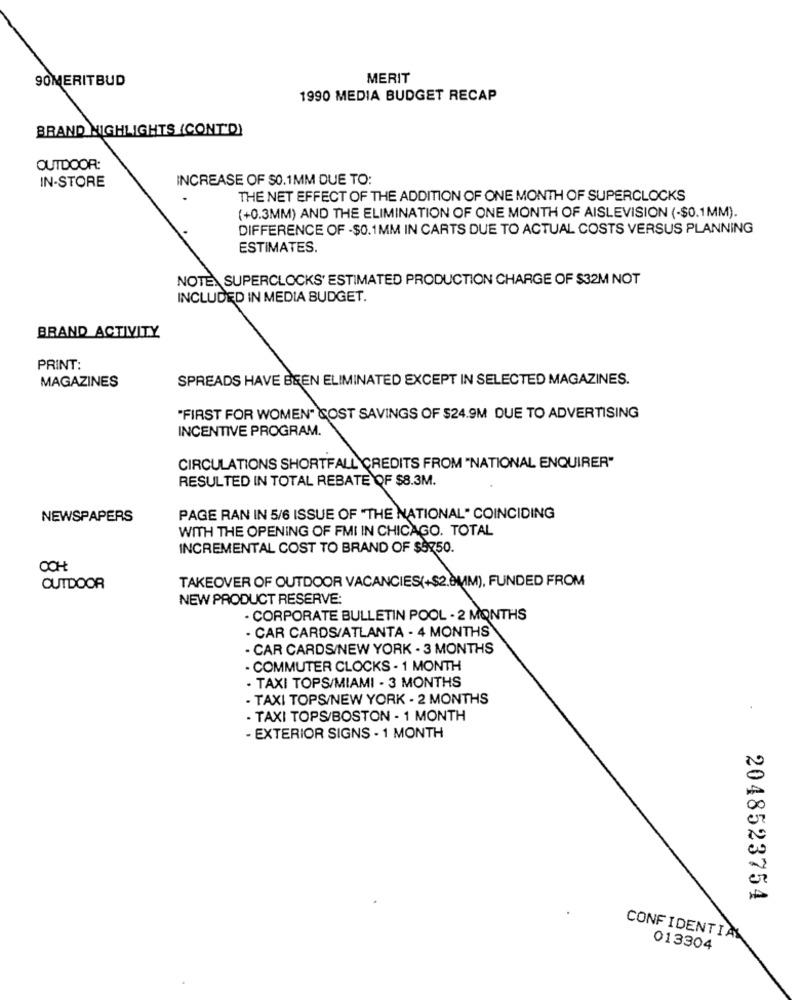
90MERITBUD
MERIT
1990 MEDIA BUDGET RECAP
BRAND HIGHLIGHTS (CONT'D)
OUTDOOR:
IN-STORE
INCREASE OF $0.1MM DUE TO:
THE NET EFFECT OF THE ADDITION OF ONE MONTH OF SUPERCLOCKS
(+0.3MM) AND THE ELIMINATION OF ONE MONTH OF AISLEVISION (-$0.1MM).
DIFFERENCE OF - $0.1MM IN CARTS DUE TO ACTUAL COSTS VERSUS PLANNING
ESTIMATES.
NOTE. SUPERCLOCKS' ESTIMATED PRODUCTION CHARGE OF $32M NOT
INCLUDED IN MEDIA BUDGET.
BRAND ACTIVITY
PRINT:
MAGAZINES
SPREADS HAVE BEEN ELIMINATED EXCEPT IN SELECTED MAGAZINES.
"FIRST FOR WOMEN" COST SAVINGS OF $24.9M DUE TO ADVERTISING
INCENTIVE PROGRAM.
CIRCULATIONS SHORTFALL CREDITS FROM "NATIONAL ENQUIRER"
RESULTED IN TOTAL REBATE OF $8.3M.
NEWSPAPERS
PAGE RAN IN 5/6 ISSUE OF "THE NATIONAL" COINCIDING
WITH THE OPENING OF FMI IN CHICAGO. TOTAL
INCREMENTAL COST TO BRAND OF $9750.
OCH
TAKEOVER OF OUTDOOR VACANCIES(+$2.0MM), FUNDED FROM
OUTDOOR
NEW PRODUCT RESERVE:
· CORPORATE BULLETIN POOL - 2 MONTHS
CAR CARDS/ATLANTA - 4 MONTHS
- CAR CARDS/NEW YORK - 3 MONTHS
- COMMUTER CLOCKS - 1 MONTH
· TAXI TOPS/MIAMI - 3 MONTHS
TAXI TOPS/NEW YORK - 2 MONTHS
- TAXI TOPS/BOSTON - 1 MONTH
- EXTERIOR SIGNS - 1 MONTH
2048523754
CONFIDENTIAL
013304